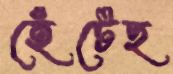
হেঁটেছ